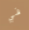
في